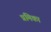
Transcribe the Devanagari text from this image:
प्रमिका